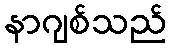
နာဂျစ်သည်